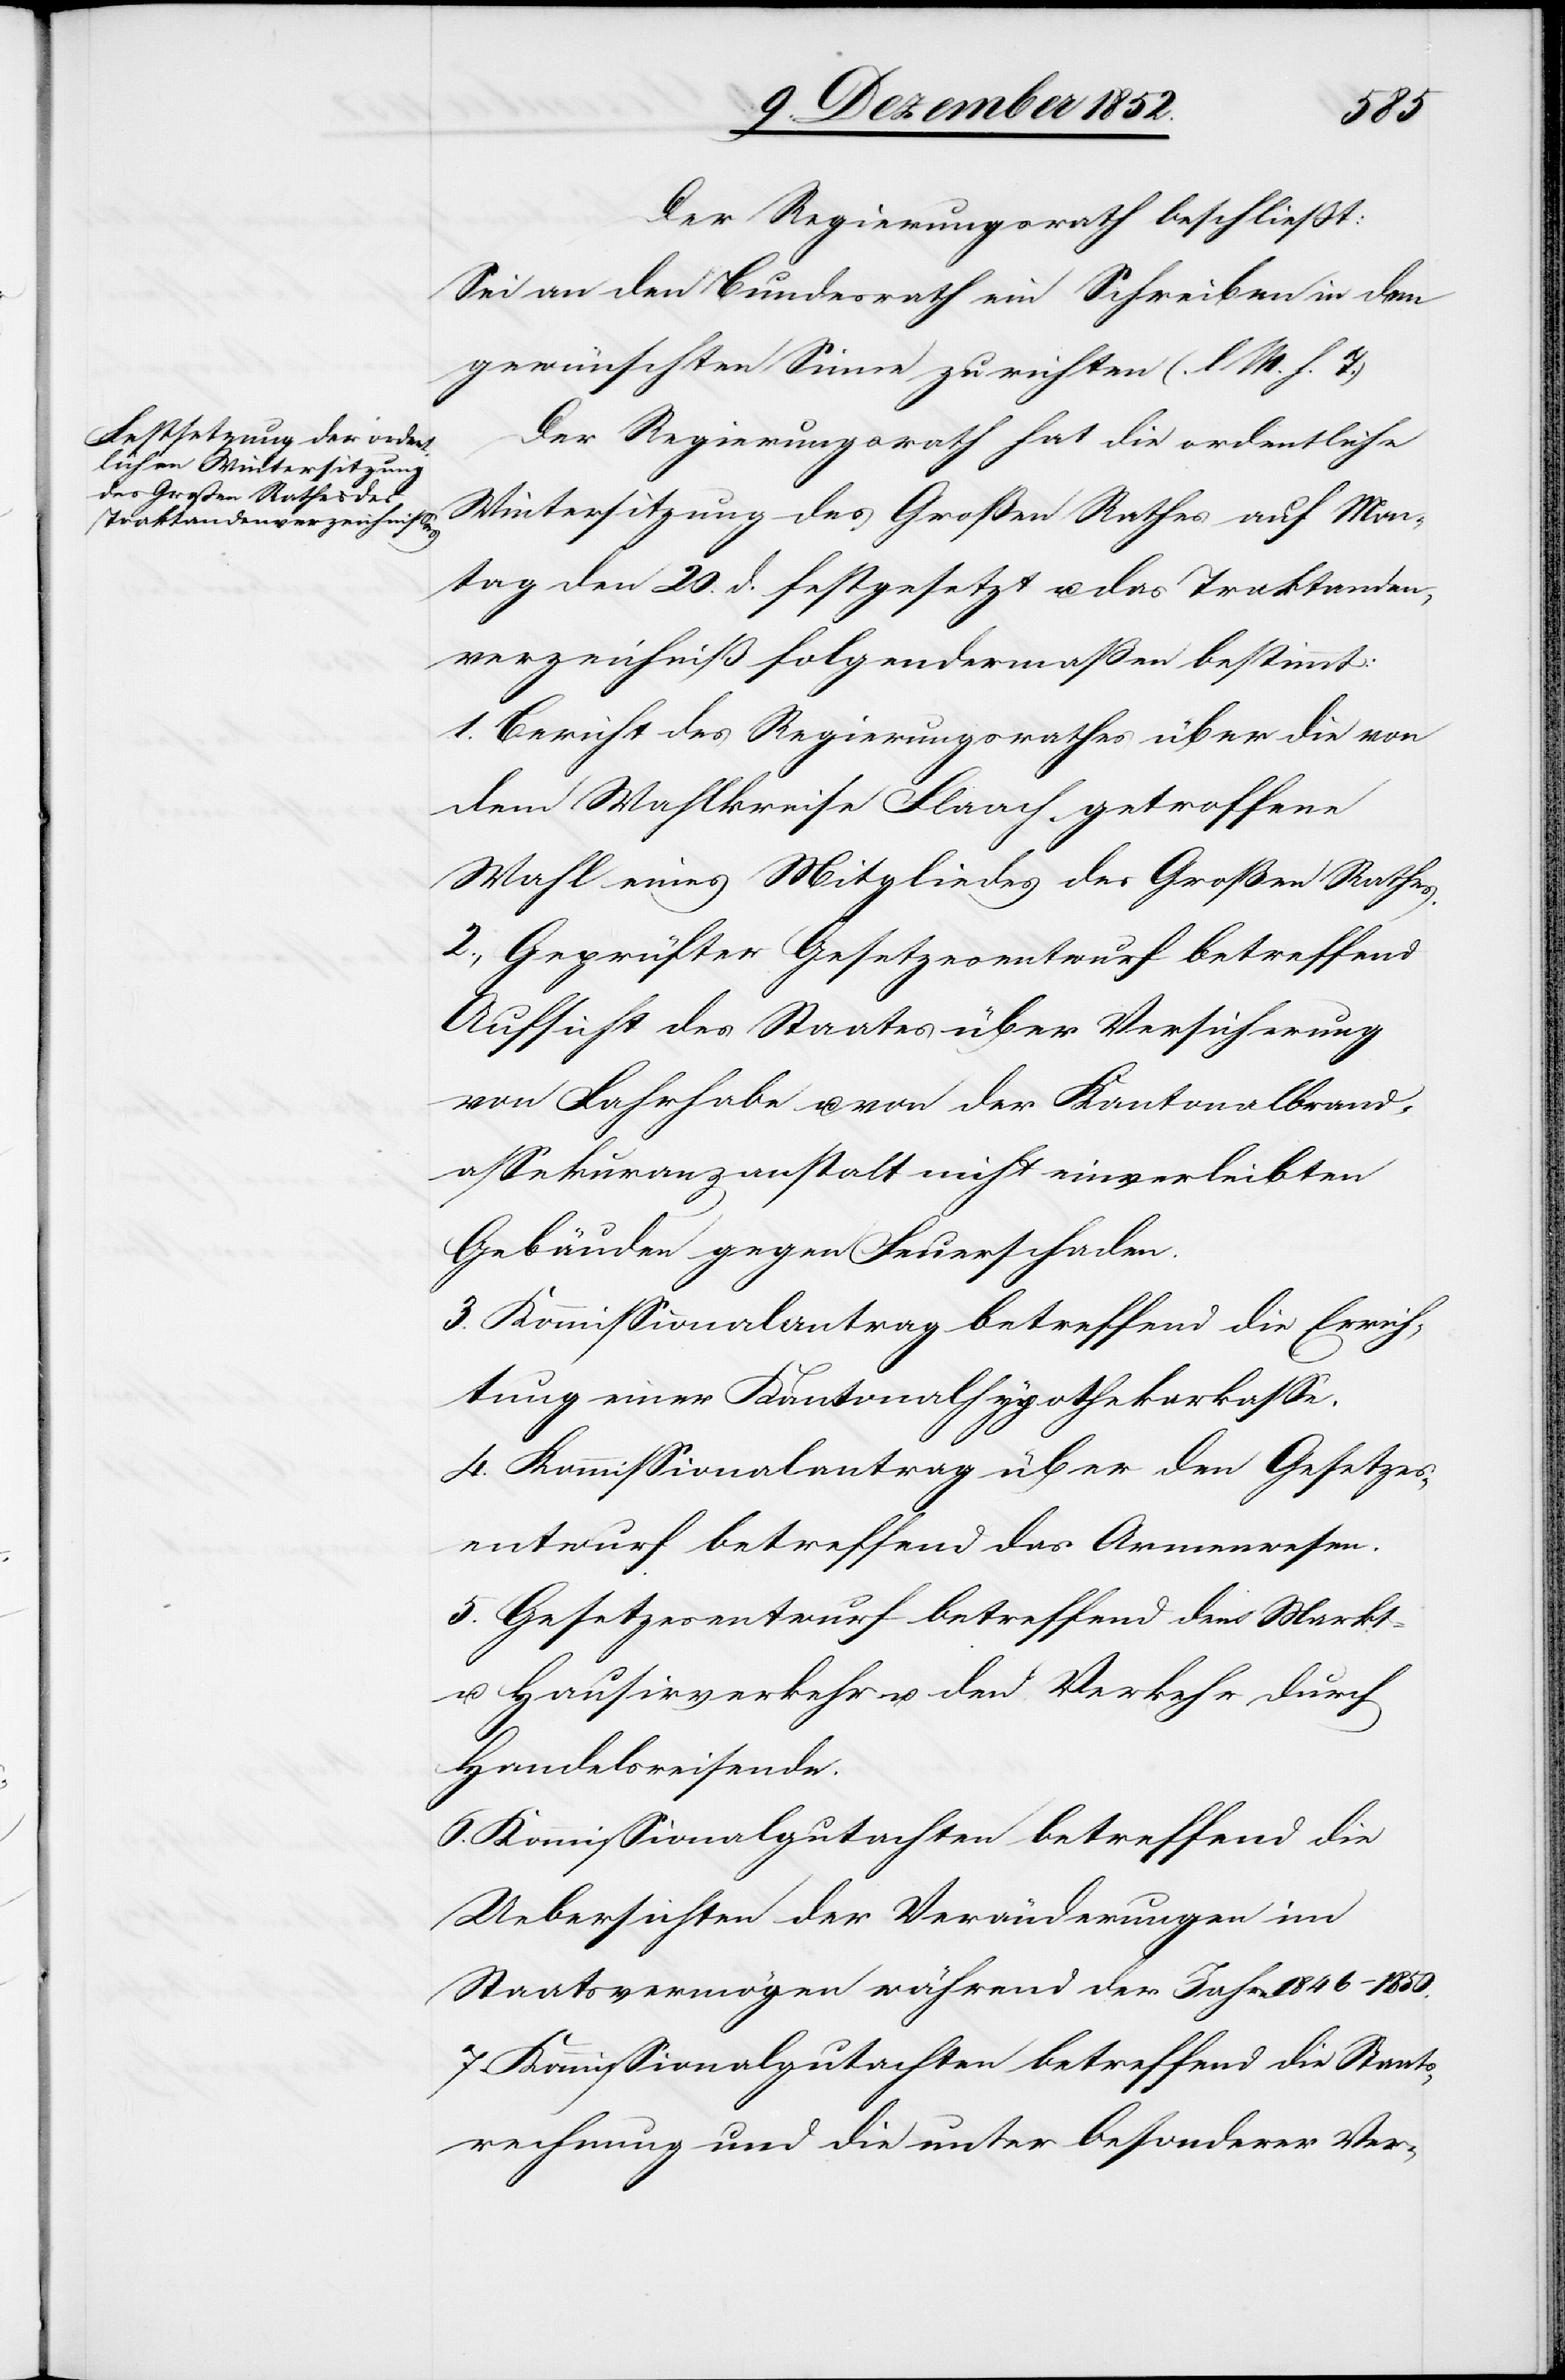
Der Regierungsrath beschließt:
Sei an den Bundesrath ein Schreiben in dem
gewünschten Sinne zu richten (l. M. h. T.)
Der Regierungsrath hat die ordentliche
Wintersitzung des Großen Rathes auf Mon¬
tag den 20. d. festgesetzt u. das Traktanden¬
verzeichniß folgendermaßen bestimmt:
1. Bericht des Regierungsrathes über die von
dem Wahlkreise Flaach getroffene
Wahl eines Mitgliedes des Großen Rathes.
2., Geprüfter Gesetzesentwurf betreffend
Aufsicht des Staates über Versicherung
von Fahrhabe u. von der Kantonalbrand¬
assekuranzanstalt nicht einverleibten
Gebäuden gegen Feuerschaden.
3. Kommissionalantrag betreffend die Errich¬
tung einer Kantonalhypothekarkasse.
4. Kommissionalantrag über den Gesetzes¬
entwurf betreffend das Armenwesen.
5. Gesetzesentwurf betreffend den Markt-
u. Hausirverkehr u. den Verkehr durch
Handelsreisende.
6. Kommissionalgutachten betreffend die
Uebersichten der Veränderungen im
Staatsvermögen während der Jahre 1846–1850.
7. Kommissionalgutachten betreffend die Staats¬
rechnung und die unter besonderer Ver-